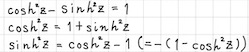
\begin{align*}
\cosh^{2}z - \sinh^{2}z &= 1\\
\sinh^{2}z &= \cosh^{2}z - 1\\
\cosh^{2}z &= 1+\sinh^{2}z = 1-(-1-\cosh^{2}z))
\end{align*}